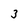
Character: 3